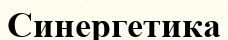
Синергетика